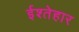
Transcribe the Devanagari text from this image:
ईश्तेहार